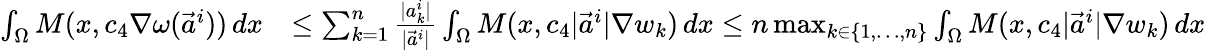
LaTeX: \begin{array}{rl}{\int_{\Omega}M(x,c_{4}\nabla\omega(\vec{a}^{i}))\, dx}&{\leq\sum_{k=1}^{n}\frac{|a_{k}^{i}|}{|\vec{a}^{i}|}\int_{\Omega}M(x,c_{4}|\vec{a}^{i}|\nabla w_{k})\, dx\leq n\operatorname*{max}_{k\in\{ 1,\dots,n\} }\int_{\Omega}M(x,c_{4}|\vec{a}^{i}|\nabla w_{k})\, dx}\end{array}